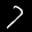
Label: 7